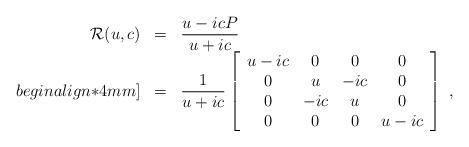
LaTeX: \begin{align*}\begin{array}{rcl}{\cal R}(u,c)&=&\displaystyle\frac{u-icP}{u+ic}\\begin{align*}4mm] &=&\displaystyle\frac{1}{u+ic}\left[ \begin{array}{cccc} u-ic& 0 & 0 & 0 \\ 0 & u &-ic& 0 \\ 0 &-ic& u & 0 \\ 0 & 0 & 0 &u-ic \end{array}\right]~,\end{array}\end{align*}